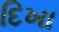
દિખા